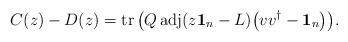
LaTeX: \begin{align*}C(z)-D(z)=\operatorname{tr}\big(Q\operatorname{adj}(z\mathbf{1}_n-L)\big(vv^\dag-\mathbf{1}_n\big)\big).\end{align*}